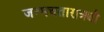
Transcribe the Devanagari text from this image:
जन्मचतारात्र्यौ